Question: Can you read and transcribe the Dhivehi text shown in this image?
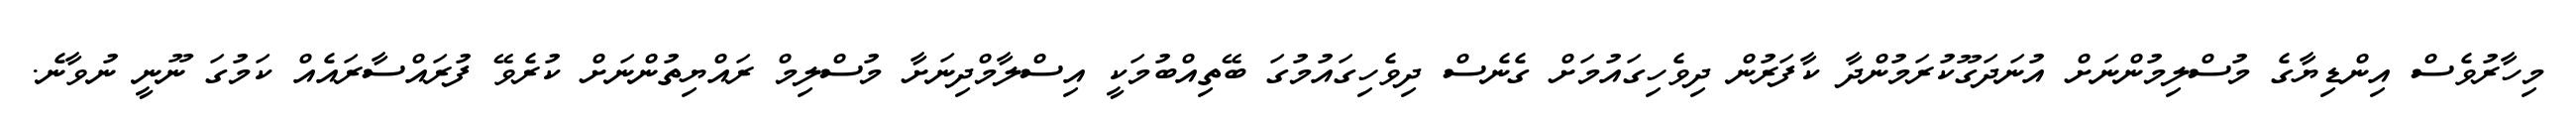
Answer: މިހާރުވެސް އިންޑިޔާގެ މުސްލިމުންނަށް އުނަދަގޫކުރަމުންދާ ކާފަރުން ދިވެހިގައުމަށް ގެނެސް ދިވެހިގައުމުގަ ބޭތިއްބުމަކީ އިސްލާމްދިނަށާ މުސްލިމް ރައްޔިތުންނަށް ކުރެވޭ ފުރައްސާރައެއް ކަމުގަ ނޫނީ ނުވާނެ.